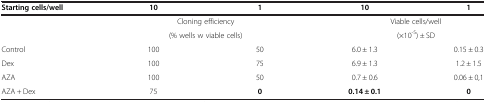
<table><thead><tr><td><b>Starting cells/well</b></td><td><b>10</b></td><td><b>1</b></td><td><b>10</b></td><td><b>1</b></td></tr></thead><tbody><tr><td> </td><td colspan="2">Cloning efficiency</td><td colspan="2">Viable cells/well</td></tr><tr><td> </td><td colspan="2">(% wells w viable cells)</td><td colspan="2">(×10<sup>-5</sup>) ± SD</td></tr><tr><td>Control</td><td>100</td><td>50</td><td>6.0 ± 1.3</td><td>0.15 ± 0.3</td></tr><tr><td>Dex</td><td>100</td><td>75</td><td>6.9 ± 1.3</td><td>1.2 ± 1.5</td></tr><tr><td>AZA</td><td>100</td><td>50</td><td>0.7 ± 0.6</td><td>0.06 ± 0,1</td></tr><tr><td>AZA + Dex</td><td>75</td><td><b>0</b></td><td><b>0.14 ±</b> <b>0.1</b></td><td><b>0</b></td></tr></tbody></table>